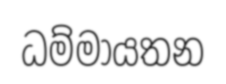
ධම්මායතන